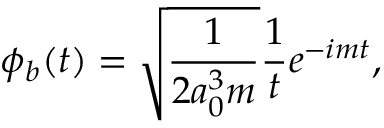
\phi _ { b } ( t ) = \sqrt { \frac { 1 } { 2 a _ { 0 } ^ { 3 } m } } \frac { 1 } { t } e ^ { - i m t } ,